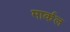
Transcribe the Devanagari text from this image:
मार्कल